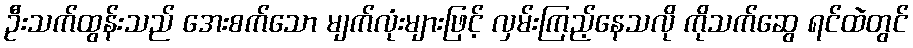
ဦးသက်ထွန်းသည် အေးစက်သော မျက်လုံးများဖြင့် လှမ်းကြည့်နေသလို ကိုသက်ဆွေ ရင်ထဲတွင်